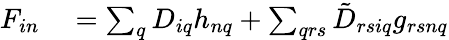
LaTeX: \begin{array}{rl}{F_{in}}&{{}=\sum_{q}D_{iq}h_{nq}+\sum_{qrs}\tilde{D}_{rsiq}g_{rsnq}}\end{array}